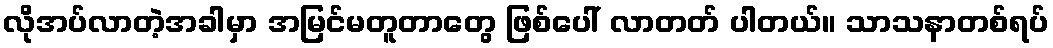
လိုအပ်လာတဲ့အခါမှာ အမြင်မတူတာတွေ ဖြစ်ပေါ် လာတတ် ပါတယ်။ သာသနာတစ်ရပ်